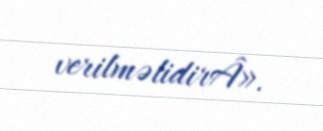
verilməlidirÂ».